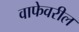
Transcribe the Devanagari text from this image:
वाफेवरील